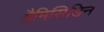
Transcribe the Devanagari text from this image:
ग्रैमिसिडिन